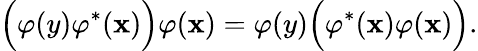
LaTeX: \Bigl(\varphi(y)\varphi^{*}(\mathbf{x})\Bigl)\varphi(\mathbf{x})=\varphi(y)\Bigl(\varphi^{*}(\mathbf{x})\varphi(\mathbf{x})\Bigl).